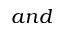
a n d